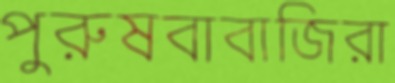
পুরুষবাবাজিরা